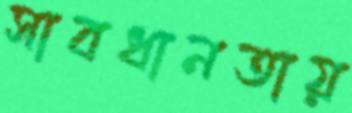
সাবধানতায়